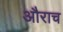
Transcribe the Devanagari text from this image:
औराच